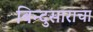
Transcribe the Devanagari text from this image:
बिन्दुसाराचा